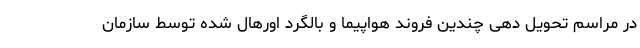
در مراسم تحویل دهی چندین فروند هواپیما و بالگرد اورهال شده توسط سازمان